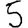
Digit: 5